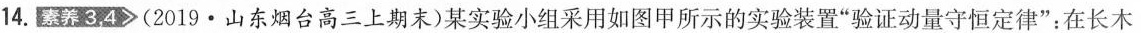
14.素养3.4 (2019·山东烟台高三上期末)某实验小组采用如图甲所示的实验装置”验证动量守恒定律”：在长木